Annual report of the Punjab Veterinary College and of the Civil Veterinary Department, Punjab - 1909-1919
Year: 1909
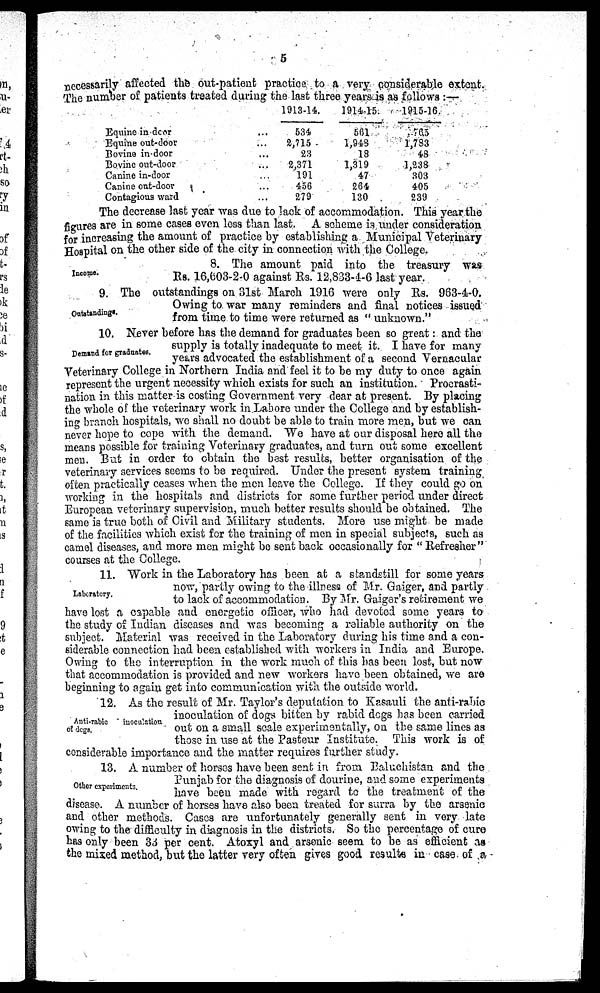
5
necessarily affected the out-patient practice to a very considerable extent.
The number of patients treated during the last three years is as follows:—
Equine in door ...
Equine out-door ...
Bovine in-door ...
Bovine out-door ...
Canine in-door ...
Canine out-door ...
Contagious ward ...
1013-14.
634
2,715
23
2,371
191
456
279
1914-15.
561
1,943
18
1,319
47
264
130
1915-16.
763
1,783
48
1,238
303
405
239
The decrease last year was due to lack of accommodation. This year the
figures are in some cases even less than last. A scheme is under consideration
for increasing the amount of practice by establishing a Municipal Veterinary
Hospital on the other side of the city in connection with the College.
Income.
8. The amount paid into the treasury was
Rs. 16,603-2-0 against Rs. 12,833-4-6 last year.
Outstandings.
9. The outstandings on 31st March 1916 were only Rs. 963-4-0.
Owing to war many reminders and final notices issued
from time to time were returned as "unknown."
Demand for graduates.
10. Never before has the demand for graduates been so great: and the
supply is totally inadequate to meet it. I have for many
years advocated the establishment of a second Vernacular
Veterinary College in Northern India and feel it to be my duty to once again
represent the urgent necessity which exists for such an institution. Procrasti-
nation in this matter is costing Government very dear at present. By placing
the whole of the veterinary work in Lahore under the College and by establish-
ing branch hospitals, we shall no doubt be able to train more men, but we can
never hope to cope with the demand. We have at our disposal here all the
means possible for training Veterinary graduates, and turn out some excellent
men. But in order to obtain the best results, better organisation of the
veterinary services seems to be required. Under the present system training
often practically ceases when the men leave the College. If they could go on
working in the hospitals and districts for some further period under direct
European veterinary supervision, much better results should be obtained. The
same is true both of Civil and Military students. More use might be made
of the facilities which exist for the training of men in special subjects, such as
camel diseases, and more men might be sent back occasionally for "Refresher"
courses at the College.
Laboratory.
11. Work in the Laboratory has been at a standstill for some years
now, partly owing to the illness of Mr. Gaiger, and partly
to lack of accommodation. By Mr. Gaiger's retirement we
have lost a capable and energetic officer, who had devoted some years to
the study of Indian diseases and was becoming a reliable authority on the
subject. Material was received in the Laboratory during his time and a con-
siderable connection had been established with workers in India and Europe.
Owing to the interruption in the work much of this has been lost, but now
that accommodation is provided and new workers have been obtained, we are
beginning to again get into communication with the outside world.
Anti-rabio
inoculation
of degs.
12. As the result of Mr. Taylor's deputation to Kasauli the anti-rabic
inoculation of dogs bitten by rabid dogs has been carried
out on a small scale experimentally, on the same lines as
those in use at the Pasteur Institute. This work is of
considerable importance and the matter requires further study.
Other experiments.
13. A number of horses have been sent in from Baluchistan and the
Punjab for the diagnosis of dourine, and some experiments
have been made with regard to the treatment of the
disease. A number of horses have also been treated for surra by the arsenic
and other methods. Cases are unfortunately generally sent in very late
owing to the difficulty in diagnosis in the districts. So the percentage of cure
has only been 33 per cent. Atoxyl and arsenic seem to be as efficient as
the mixed method, but the latter very often gives good results in case of a